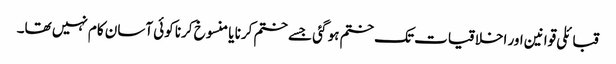
قبائلی قوانین اور اخلاقیات تک ختم ہو گئی جسے ختم کرنا یا منسوخ کرنا کوئی آسان کام نہیں تھا۔